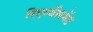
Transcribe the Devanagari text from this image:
रिएर्म्बेसमेंट